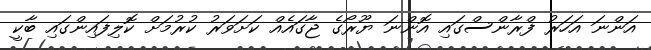
އަންނަ އަހަރު ފްރާންސްގައި އޮންނަ ޔޫރޯގެ ޖާގައެއް ކަށަވަރު ކުރުމަށް ކޮލިފައިންގައި ބާކީ